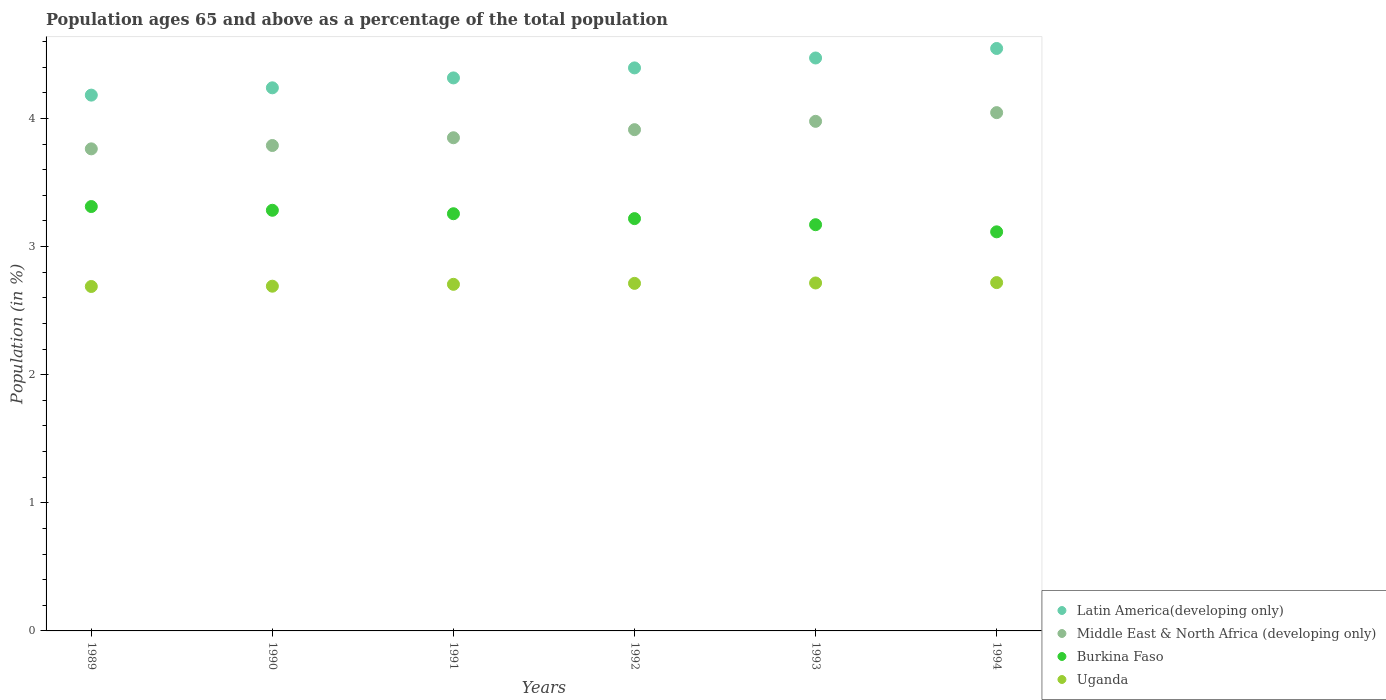
| Years | Latin America(developing only) | Middle East & North Africa (developing only) | Burkina Faso | Uganda |
 | --- | --- | --- | --- | --- |
 | 1989 | 4.18 | 3.76 | 3.31 | 2.69 |
 | 1990 | 4.24 | 3.79 | 3.28 | 2.69 |
 | 1991 | 4.32 | 3.85 | 3.26 | 2.71 |
 | 1992 | 4.39 | 3.91 | 3.22 | 2.71 |
 | 1993 | 4.47 | 3.98 | 3.17 | 2.72 |
 | 1994 | 4.55 | 4.04 | 3.11 | 2.72 |